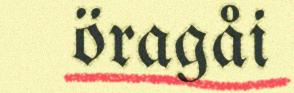
öragåi